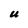
Character: U